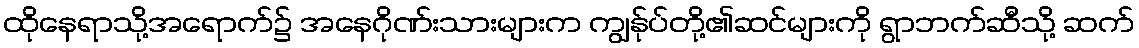
ထိုနေရာသို့အရောက်၌ အနေဂိုဏ်းသားများက ကျွန်ုပ်တို့၏ဆင်များကို ရွာဘက်ဆီသို့ ဆက်